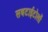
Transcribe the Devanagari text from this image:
सबटाईटोलों